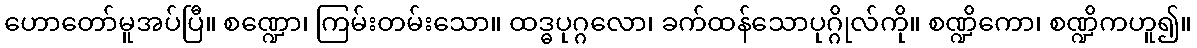
ဟောတော်မူအပ်ပြီ။ စဏ္ဍော၊ ကြမ်းတမ်းသော။ ထဒ္ဓပုဂ္ဂလော၊ ခက်ထန်သောပုဂ္ဂိုလ်ကို။ စဏ္ဍိကော၊ စဏ္ဍိကဟူ၍။